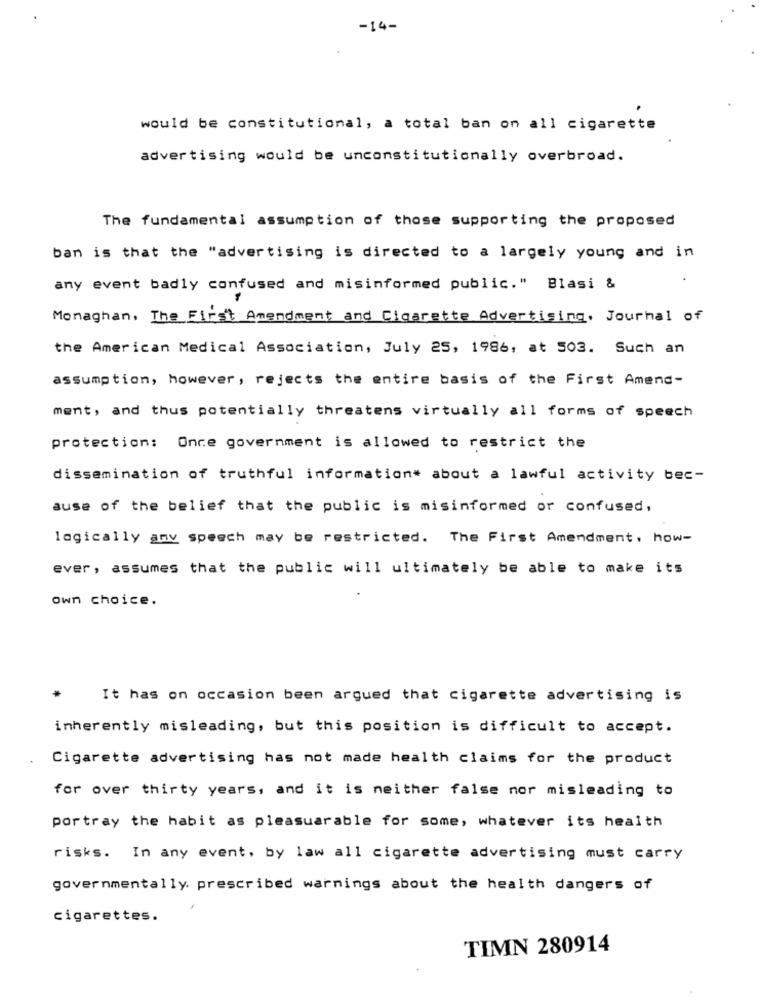
-14-
would be constitutional, a total ban on all cigarette
advertising would be unconstitutionally overbroad.
The fundamental assumption of those supporting the proposed
ban is that the "advertising is directed to a largely young and in
any event badly confused and misinformed public." Blasi &
Monaghan, The First Amendment and Cigarette Advertising. Journal of
the American Medical Association, July 25, 1986, at 503. Such an
assumption, however , rejects the entire basis of the First Amend-
ment, and thus potentially threatens virtually all forms of speech
protection: Once government is allowed to restrict the
dissemination of truthful information* about a lawful activity bec-
ause of the belief that the public is misinformed or confused,
logically any speech may be restricted. The First Amendment, how-
ever, assumes that the public will ultimately be able to make its
own choice.
It has on occasion been argued that cigarette advertising is
inherently misleading, but this position is difficult to accept.
Cigarette advertising has not made health claims for the product
for over thirty years, and it is neither false nor misleading to
portray the habit as pleasuarable for some, whatever its health
risks. In any event, by law all cigarette advertising must carry
governmentally. prescribed warnings about the health dangers of
cigarettes.
TIMN 280914